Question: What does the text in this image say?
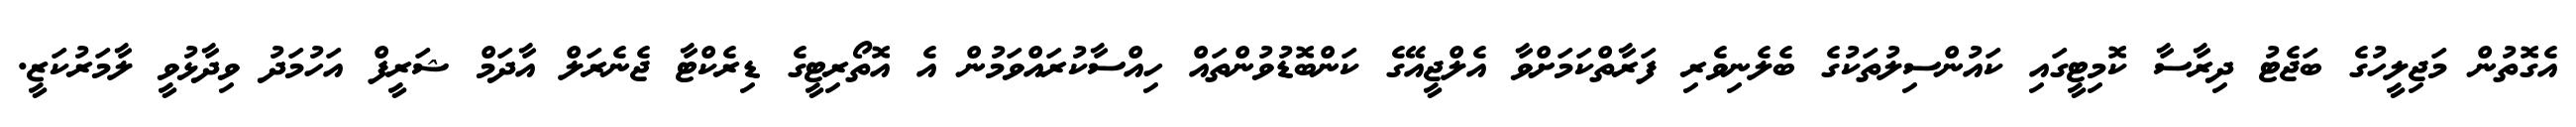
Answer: އެގޮތުން މަޖިލީހުގެ ބަޖެޓު ދިރާސާ ކޮމިޓީގައި ކައުންސިލުތަކުގެ ބެލެނިވެރި ފަރާތްކަމަށްވާ އެލްޖީއޭގެ ކަންބޮޑުވުންތައް ހިއްސާކުރައްވަމުން އެ އޮތޯރިޓީގެ ޑިރެކްޓާ ޖެނެރަލް އާދަމް ޝަރީފް އަހުމަދު ވިދާޅުވީ ލާމަރުކަޒީ.